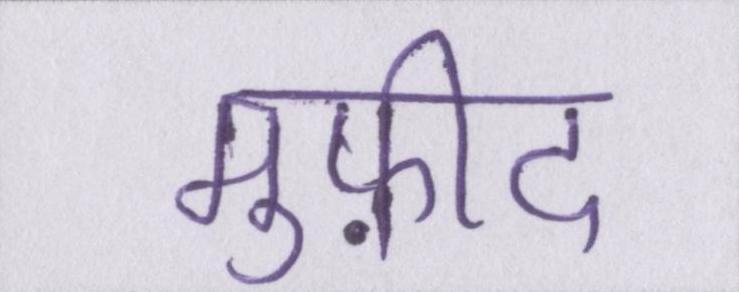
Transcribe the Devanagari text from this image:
मुफ़ीद